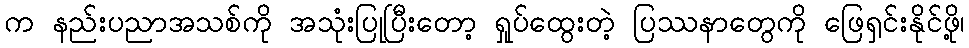
က နည်းပညာအသစ်ကို အသုံးပြုပြီးတော့ ရှုပ်ထွေးတဲ့ ပြဿနာတွေကို ဖြေရှင်းနိုင်ဖို့၊